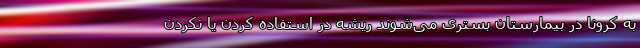
به کرونا در بیمارستان بستری می‌شوند ریشه در استفاده کردن یا نکردن